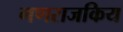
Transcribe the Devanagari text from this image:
गणराजकिय